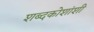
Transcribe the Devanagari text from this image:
शब्दकोशांशी